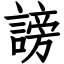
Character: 謗